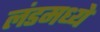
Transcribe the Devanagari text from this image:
लंडमध्ये